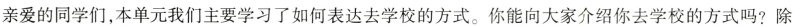
亲爱的同学们，本单元我们主要学习了如何表达去学校的方式。你能向大家介绍你去学校的方式吗？除